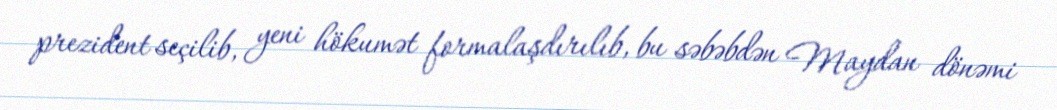
prezident seçilib, yeni hökumət formalaşdırılıb, bu səbəbdən Maydan dönəmi